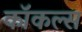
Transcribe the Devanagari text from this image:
कॉकल्स